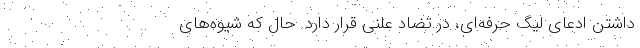
داشتن ادعای لیگ حرفه‌ای، در تضاد علنی قرار دارد. حال که شیوه‌های